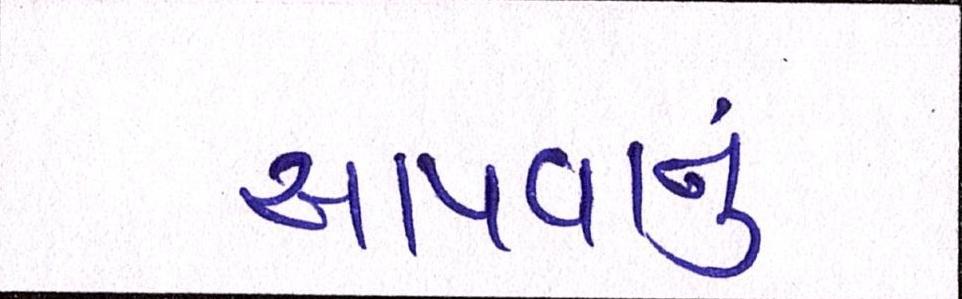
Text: આપવાનું